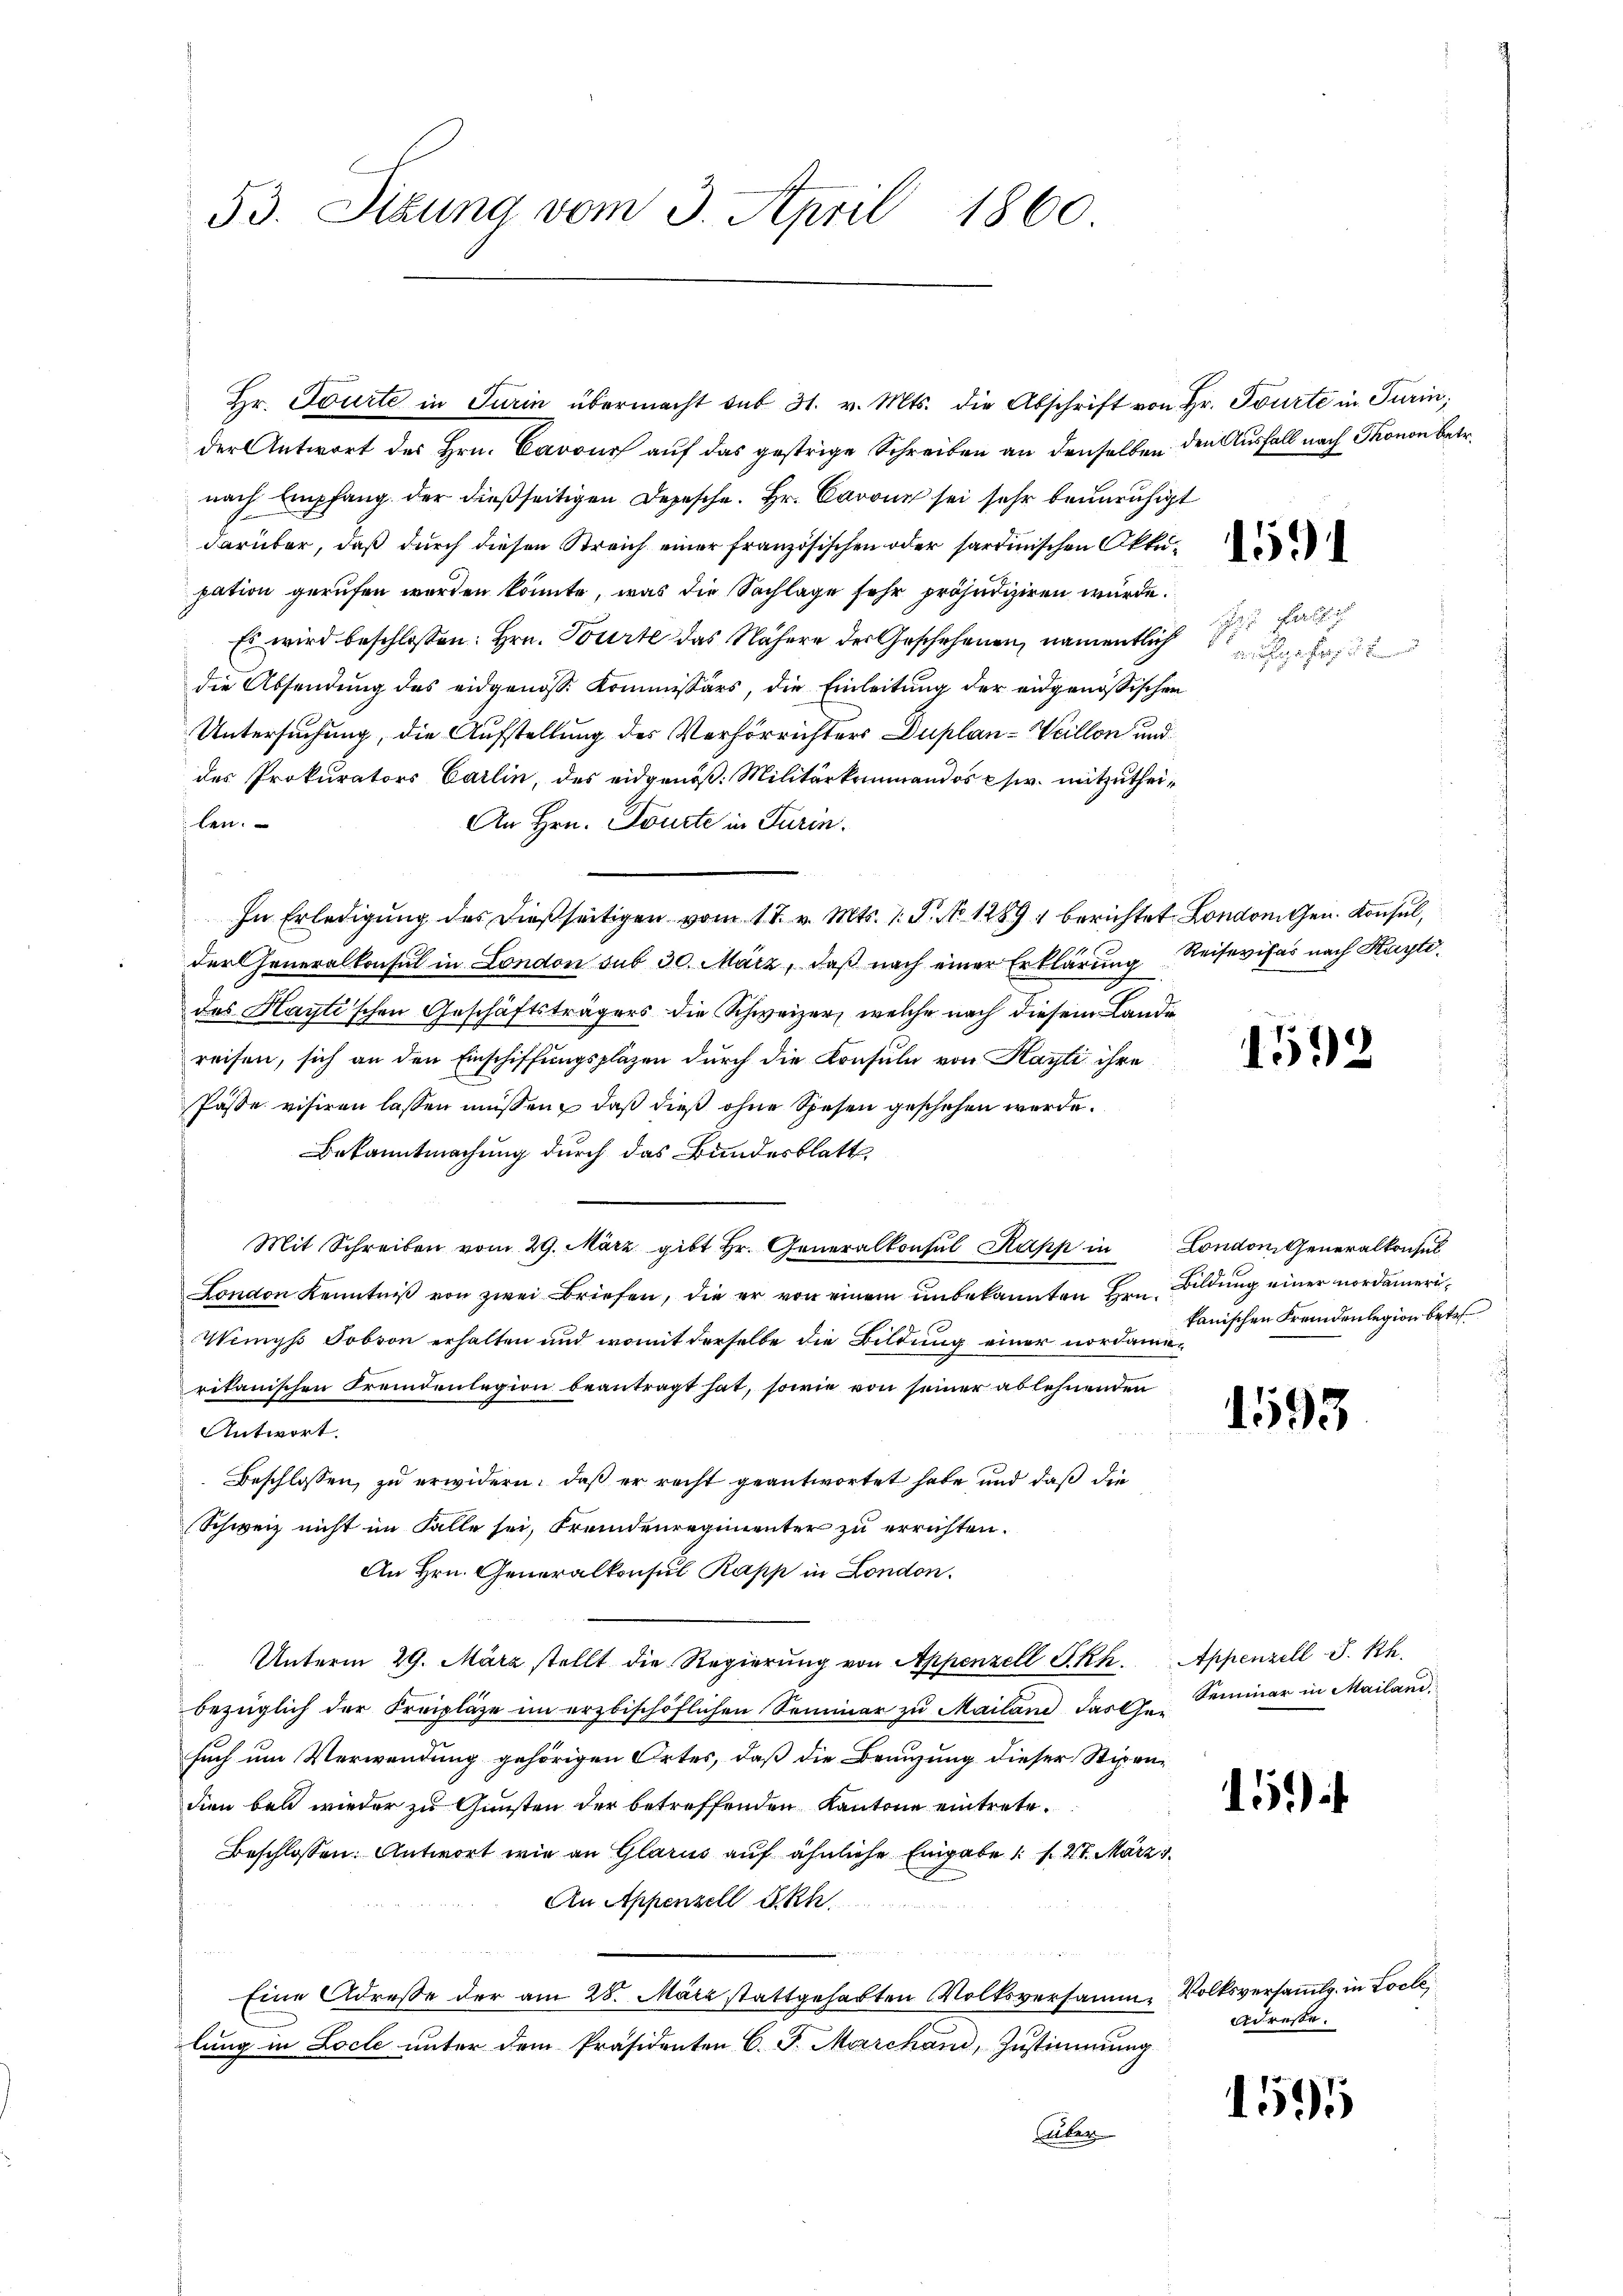
53. Situng vom 3. April 1860

Hr. Tourte in Turin übermacht sub 31. v. Mts. die Abschrift von Hr. Tourte in Turin;
der Antwort des Hrn. Cavour auf das gestrige Schreiben an denselben den Ausfall nach Thonon betr.
nach Empfang der dießseitigen Depesche. Hr. Cavon sei sehr beunruhigt
darüber, daß durch diesen Streich einer französischen oder sardinischen Okkupation gerufen worden könnte, was die Sachlage sehr präjudiziren würde.
Es wird beschlossen: Hrn. Tourte das Nähere des Geschehenen, namentlich
die Absendung des eidgenösse Kommissärs, die Einleitung der eidgenössischen
Untersuchung, die Aufstellung des Verhörrichters Duplan - Weillon und
des Prokurators Carlin, des eidgenöß: Militärkommandos sr. mitzutheilen.
An Hrn. Tourte in Turin.
In Erledigŭng des dießseitigen vom 17. v. Mts. 1. P. No 1289. berichtet London Gen. Konsul,
der Generalkonsul in London sub 30. März, daß nach einer Erklärung Reisevifas nach Kaytides Hayti’schen Geschäftsträgers die Schweizer, welche nach diesem Lande
reisen, sich an den Einschiffungspläzen durch die Konsuln von Kayti ihre
Pässe visiren lassen müssen, daß dieß ohne Spesen geschehen werde.
Bekanntmachung durch das Bundesblatt
Mit Schreiben vom 29. März gibt Hr. Generalkonsul Kapp in London, Generalkonsul
London Kenntniβ von zwei Briefen, die er von einem unbekannten Hrn. Bildung einer nordameri¬
Wenys Tobvon erhalten und womit derselbe die Bildung einer nordamerikanischen Fremdenlegion beantragt hat, sowie von seiner ablehnenden
Antwort.
Beschlossen, zu erwidern, daß er recht geantwortet habe und daß die
Schweiz nicht im Falle sei, Fremdenregimenter zu errichten.
An Hrn. Generalkonsul Papp in London.
Unterm 29. März stellt die Regierŭng von Appenzell P. Rh. Appenzell S. Rh.
bezüglich der Preiplaze im erzbischöflichen Seminar zu Mailand das Ger
such um Verwendung gehörigen Ortes, daß die Bringung dieser Stipendien bei wieder zu Gunsten der betreffenden Kantone eintrete.
Beschlossen: Antwort wie an Glarus auf ähnliche Eingabe 1 f. 21. März 1
An Appenzell A.Rh.
Eine Adresse der am 28. März stattgehabten Volksversamm- Volksversammlg. in Locle
lung in Loche unter dem Präsidenten C. J. Marchand, Zustimmung
Über

1591

F
Meer hier in den

1592

kanischen Fremdenlegion betr.

1593

Seminar in Mailand.

15)

adresse.

1595